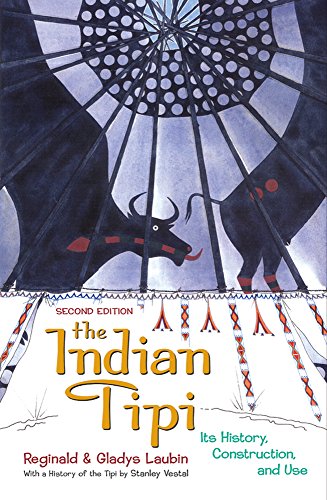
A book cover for The Indian Tipi: Its History, Construction, and Use, 2nd Edition; Reginald Laubin; Arts & Photography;